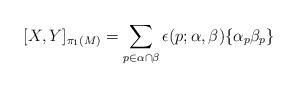
LaTeX: \begin{align*}[X ,Y ]_{\pi_1(M)}=\sum_{p\in \alpha\cap \beta}\epsilon(p; \alpha, \beta) \{\alpha_p \beta_p\} \end{align*}